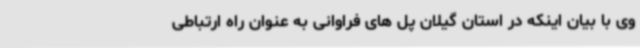
وی با بیان اینکه در استان گیلان پل های فراوانی به عنوان راه ارتباطی